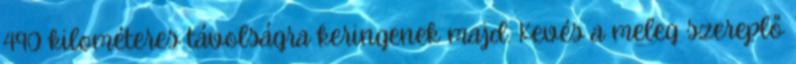
490 kilométeres távolságra keringenek majd. Kevés a meleg szereplő